Annual report of the Bengal Veterinary College and of the Civil Veterinary Department, Bengal, for the year 1920-21 - 1920-1921
Year: 1920
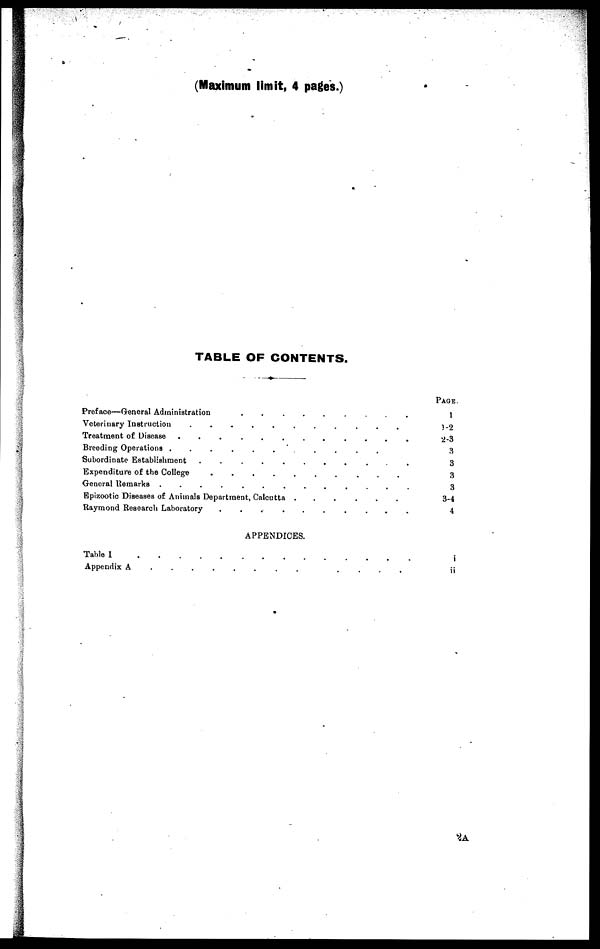
(Maximum limit, 4 pages.)
TABLE OF CONTENTS.
Preface-General Administration . . . . . . . . . .
Veterinary Instruction . . . . . . . . .
Treatment if Discase . . . . . . . . . . . .
Breeding Operations .
.
.
.
.
.
.
.
.
.
.
Subordinate Establishment . . . . . . . . . .
Expenditure of the College . . . . . . . . .
General Remarks . . . . . . . . . . .
Epizootic Diseases of Animals Department, Calcutta . . . . . . . .
Raymond Research laboratory . . . . . . . . .
APPENDICES.
Table I
.
.
.
.
.
.
.
.
.
.
.
.
.
.
.
Appendix A . . . . . . . . . .
PAGE.
1
1-2
2-3
3
3
3
3
3-4
4
i
ii
2A